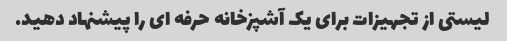
لیستی از تجهیزات برای یک آشپزخانه حرفه ای را پیشنهاد دهید.